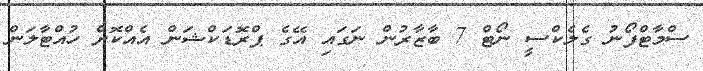
ސްމާޓްފޯނު ގެލެކްސީ ނޯޓް 7 ބާޒާރުން ނަގައި އޭގެ ޕްރޮޑަކްޝަން އެއްކޮށް ހުއްޓާލަން